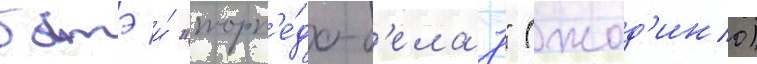
батэ и́ "торп'е́до-б'елаз" (жод'ино)